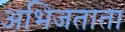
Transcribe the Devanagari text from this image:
अभिजताता